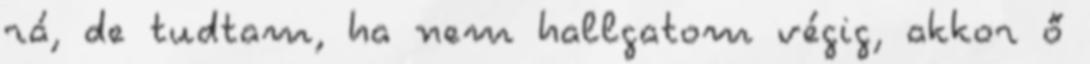
rá, de tudtam, ha nem hallgatom végig, akkor ő